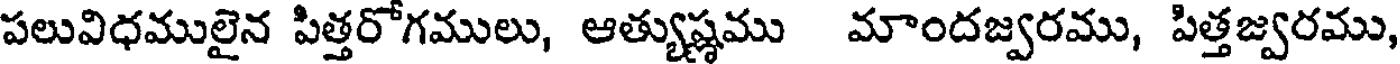
పలువిధములైన పిత్తరోగములు, ఆత్యుష్ణము మాందజ్వరము, పిత్తజ్వరము,